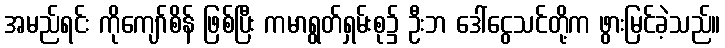
အမည်ရင်း ကိုကျော်စိန် ဖြစ်ပြီး ကမာရွတ်ရှမ်းစု၌ ဦးဘ ဒေါ်ငွေသင်တို့က ဖွားမြင်ခဲ့သည်။